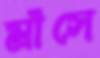
মাঁসে